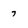
Character: 7